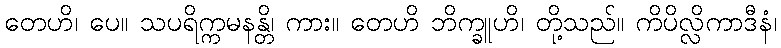
တေဟိ၊ ပေ။ သပရိက္ကမနန္တိ၊ ကား။ တေဟိ ဘိက္ခူဟိ၊ တို့သည်။ ကိပိလ္လိကာဒီနံ၊